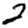
Digit: 2